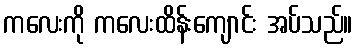
ကလေးကို ကလေးထိန်းကျောင်း အပ်သည်။